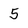
Character: 5